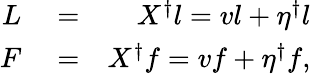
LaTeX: \begin{array}{rlr}{L}&{{}=}&{X^{\dagger}l=vl+\eta^{\dagger}l}\\ {F}&{{}=}&{X^{\dagger}f=vf+\eta^{\dagger}f,}\end{array}